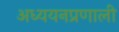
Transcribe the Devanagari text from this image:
अध्ययनप्रणाली